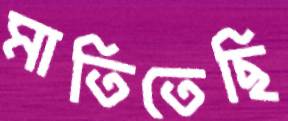
মাতিতেছি